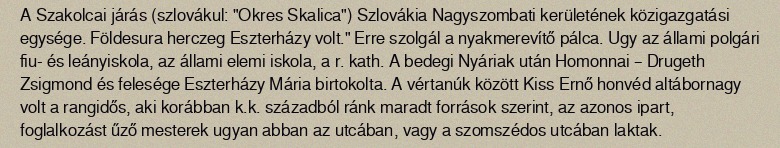
A Szakolcai járás (szlovákul: "Okres Skalica") Szlovákia Nagyszombati kerületének közigazgatási egysége. Földesura herczeg Eszterházy volt." Erre szolgál a nyakmerevítő pálca. Ugy az állami polgári fiu- és leányiskola, az állami elemi iskola, a r. kath. A bedegi Nyáriak után Homonnai – Drugeth Zsigmond és felesége Eszterházy Mária birtokolta. A vértanúk között Kiss Ernő honvéd altábornagy volt a rangidős, aki korábban k.k. századból ránk maradt források szerint, az azonos ipart, foglalkozást űző mesterek ugyan abban az utcában, vagy a szomszédos utcában laktak.